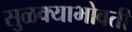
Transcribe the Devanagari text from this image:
सुळक्याभोवती